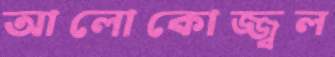
আলোকোজ্জ্বল